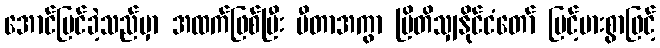
အောင်မြင်ခဲ့သည်မှာ အထက်ဖြစ်ပြီး မီတာအကွာ ဗြိတိသျှနိုင်ငံတော် မြင့်မားစွာဖြင့်